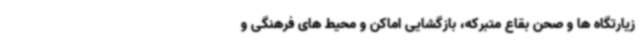
زیارتگاه ها و صحن بقاع متبرکه، بازگشایی اماکن و محیط های فرهنگی و